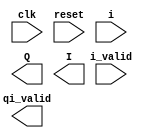


/*
* chain of modules :
*	randomizer (rand.v; also known as whitener)
*		depends on: ???
*	convolution coder with padding (conv.v; For BPSK rate = 1/2)
*		depends on: ???
*	-- Reed Solomon encoder: bypassed for BPSK.
*	channel mapper (chan_map.v; )
*		depends on: ???
*	IFFT (ifft.v; )
*		depends on: ???
*		operates on: ???
*/

module WIMAX
	#(
	parameter O = 16 /* Analog output width */
	)
	(
	input clk, reset,
	input  i, i_valid,
	output [O-1:0] Q, I,
	output qi_valid
	);



	


endmodule